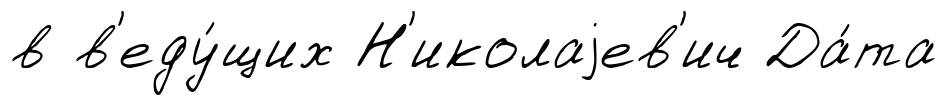
в в'еду́щих Н'иколаjев'ич Да́та